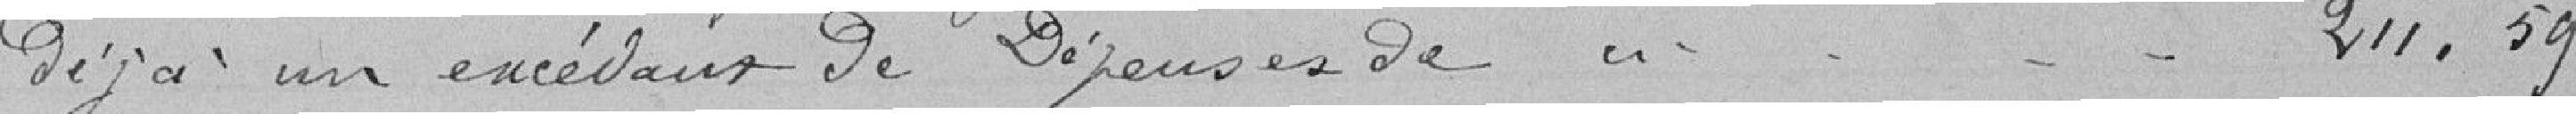
déjà un excédent de Dépenses de  //         211.59